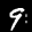
Label: 9